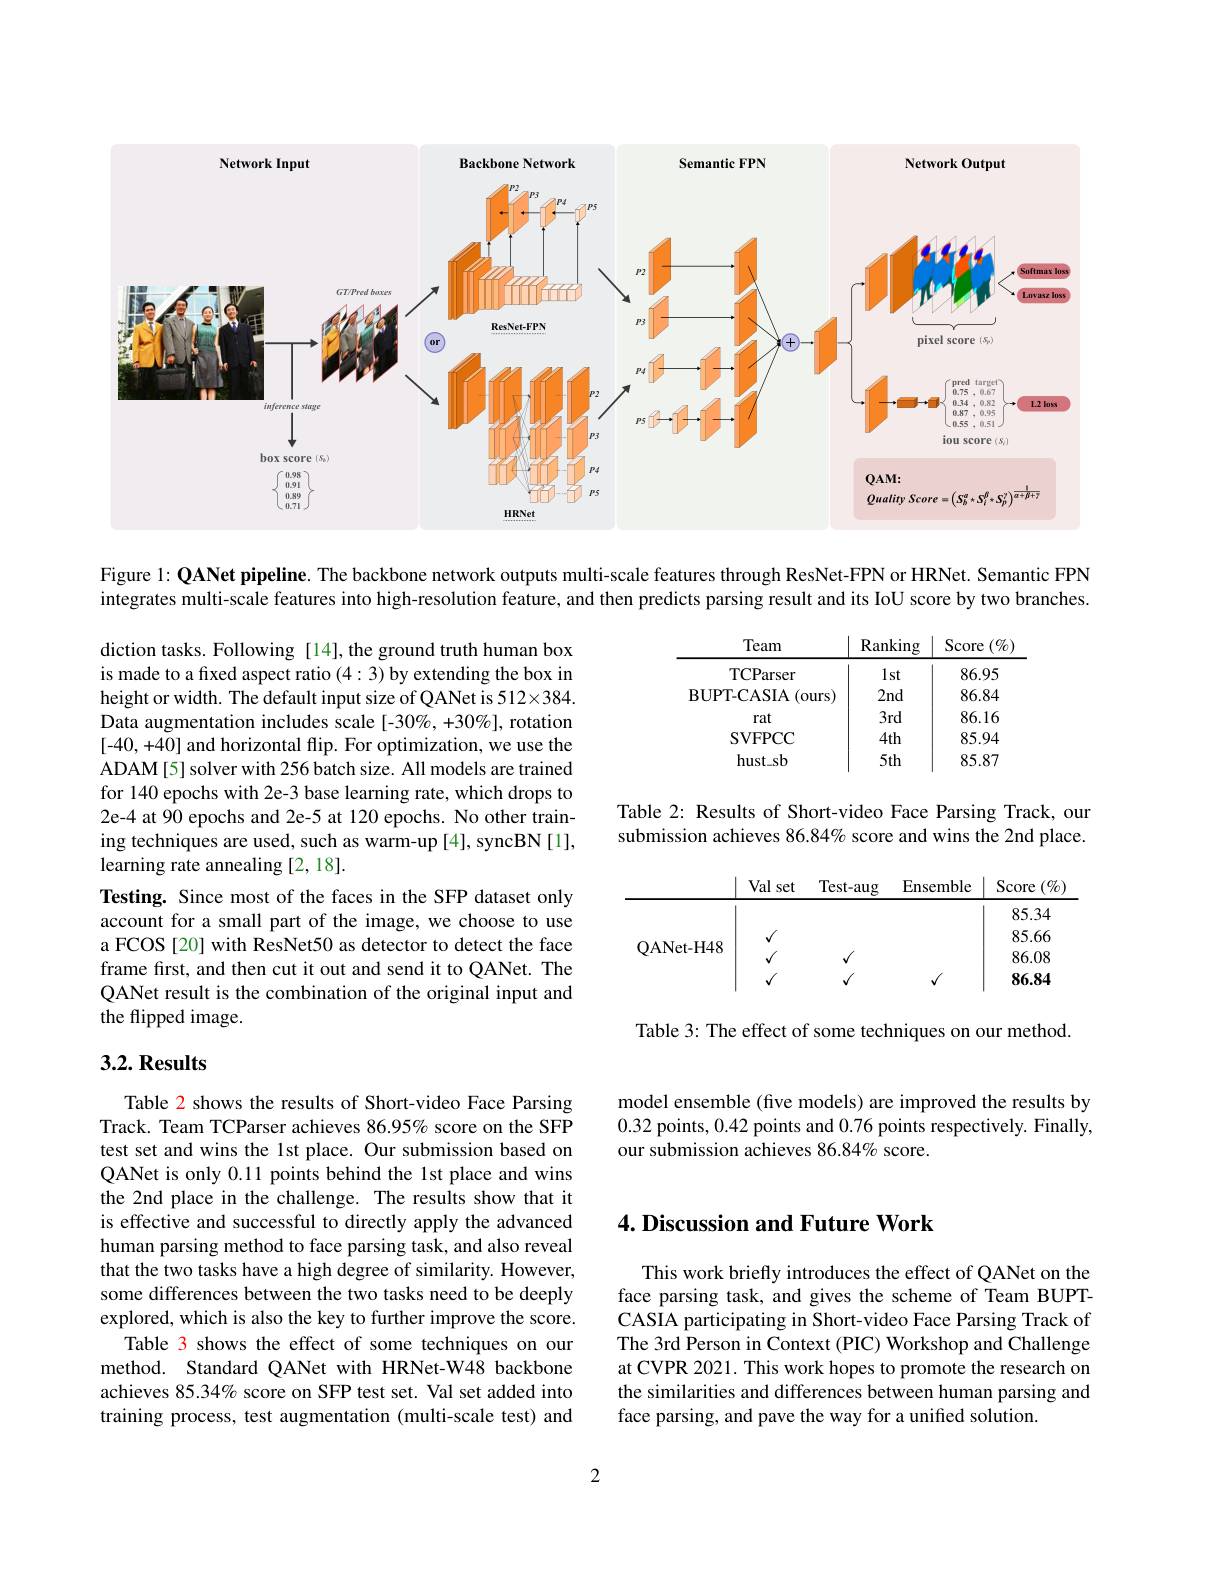
<FigureHere>

Figure 1: QANet pipeline. The backbone network outputs multi-scale features through ResNet-FPN or HRNet. Semantic FPN integrates multi-scale features into high-resolution feature, and then predicts parsing result and its IoU score by two branches.

<table>
	<tbody>
		<tr>
			<th>Team</th>
			<th>Ranking</th>
			<th>Score $(\%$</th>
		</tr>
		<tr>
			<td>TCParser</td>
			<td>lst</td>
			<td>86.95</td>
		</tr>
		<tr>
			<td>BUPT- CASIA ( ours) </td>
			<td>$2nd$</td>
			<td>86.84</td>
		</tr>
		<tr>
			<td>rat</td>
			<td>3rd</td>
			<td>86.16</td>
		</tr>
		<tr>
			<td>SVFPCC</td>
			<td>$4th$</td>
			<td>85.94</td>
		</tr>
		<tr>
			<td>$hust\_sb$</td>
			<td>5th</td>
			<td>85.87</td>
		</tr>
	</tbody>
</table>

Table 2: Results of Short-video Face Parsing Track, our submission achieves 86.84% score and wins the 2nd place.

diction tasks. Following [14], the ground truth human box is made to a fixed aspect ratio (4:3) by extending the box in height or width. The default input size of QANet is 512×384. Data augmentation includes scale [-30%, +30%], rotation [-40,+40] and horizontal flip. For optimization, we use the ADAM[5] solver with 256 batch size. All models are trained for 140 epochs with 2e-3 base learning rate, which drops to 2e-4 at 90 epochs and 2e-5 at 120 epochs. No other training techniques are used, such as warm-up [4], syncBN [1], learning rate annealing [2, 18].
Testing. Since most of the faces in the SFP dataset only account for a small part of the image, we choose to use a FCOS [20] with ResNet50 as detector to detect the face frame first, and then cut it out and send it to QANet. The QANet result is the combination of the original input and the flipped image.

<table>
	<tbody>
		<tr>
			<th> </th>
			<th>Val set</th>
			<th>Test-aug</th>
			<th>Ensemble</th>
			<th>Score $(\%)$</th>
		</tr>
		<tr>
			<td rowspan="4">QANet- H48</td>
			<td> </td>
			<td> </td>
			<td> </td>
			<td>85.34</td>
		</tr>
		<tr>
			<td>$√$</td>
			<td> </td>
			<td> </td>
			<td>85.66</td>
		</tr>
		<tr>
			<td>$√$</td>
			<td>$\sqrt{1}$</td>
			<td> </td>
			<td>86.08</td>
		</tr>
		<tr>
			<td>$√$</td>
			<td>$\sqrt{1}$</td>
			<td>$\sqrt{1}$</td>
			<td>86.84</td>
		</tr>
	</tbody>
</table>

Table 3: The effect of some techniques on our method.

## $3. 2. \textbf{Results}$

model ensemble (five models) are improved the results by 0.32 points, 0.42 points and 0.76 points respectively. Finally, our submission achieves 86.84% score.

## $4. \textbf{ Discussion and Future Work}$

Table 2 shows the results of Short-video Face Parsing Track. Team TCParser achieves 86.95% score on the SFP test set and wins the 1st place. Our submission based on QANet is only 0.11 points behind the 1st place and wins the 2nd place in the challenge. The results show that it is effective and successful to directly apply the advanced human parsing method to face parsing task, and also reveal that the two tasks have a high degree of similarity. However, some differences between the two tasks need to be deeply explored, which is also the key to further improve the score.
Table 3 shows the effect of some techniques on our method. Standard QANet with HRNet-W48 backbone achieves 85.34% score on SFP test set. Val set added into training process, test augmentation (multi-scale test) and

This work briefly introduces the effect of QANet on the face parsing task, and gives the scheme of Team BUPTCASIA participating in Short-video Face Parsing Track of The 3rd Person in Context (PIC) Workshop and Challenge at CVPR 2021. This work hopes to promote the research on the similarities and differences between human parsing and face parsing, and pave the way for a unified solution.

2